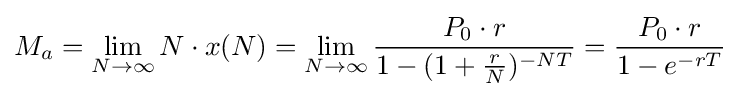
M_{a}=\lim _{N\to \infty }N\cdot x(N)=\lim _{N\to \infty }{\frac {P_{0}\cdot r}{1-(1+{\frac {r}{N}})^{-NT}}}={\frac {P_{0}\cdot r}{1-e^{-rT}}}